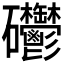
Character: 𥘄